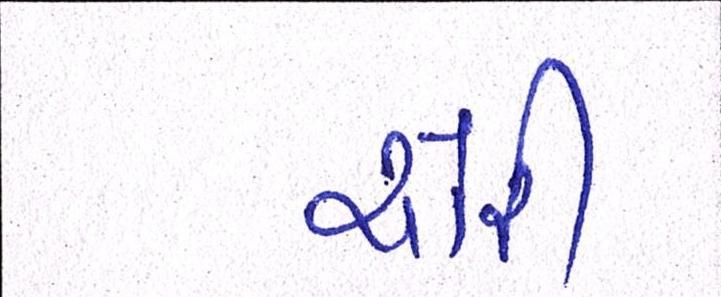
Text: ચોરી